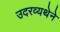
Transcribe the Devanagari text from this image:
उदरव्यथेने